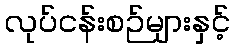
လုပ်ငန်းစဉ်များနှင့်